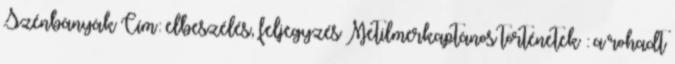
Szénbányák Cím: elbeszélés, feljegyzés Metilmerkaptános történetek : a rohadt